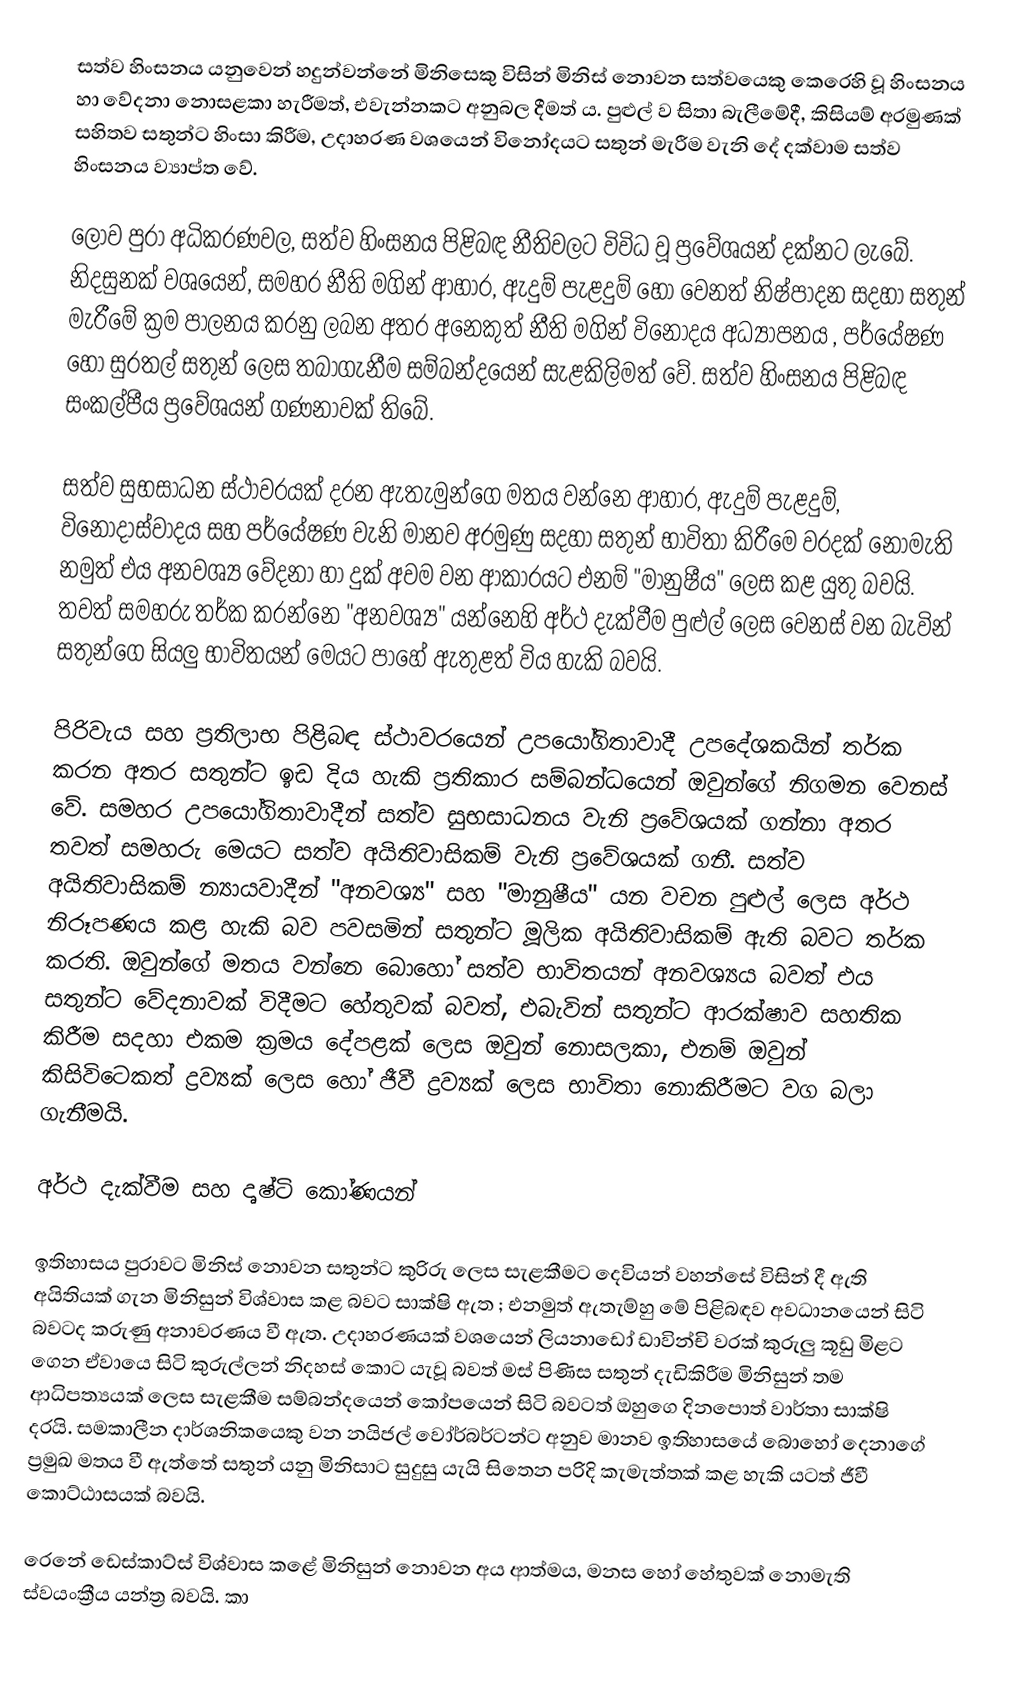
සත්ව හිංසනය යනුවෙන් හදුන්වන්නේ මිනිසෙකු විසින් මිනිස් නොවන සත්වයෙකු කෙරෙහි වූ  හිංසනය හා  වේදනා නොසළකා හැරීමත්, එවැන්නකට අනුබල දීමත් ය. පුළුල් ව සිතා බැලීමේදී, කිසියම් අරමුණක් සහිතව සතුන්ට හිංසා කිරීම, උදාහරණ වශයෙන් විනෝදයට සතුන් මැරීම වැනි දේ දක්වාම සත්ව හිංසනය ව්‍යාප්ත වේ.

ලොව පුරා අධිකරණවල, සත්ව හිංසනය පිළිබඳ නීතිවලට විවිධ වූ ප්‍රවේශයන් දක්නට ලැබේ. නිදසුනක් වශයෙන්, සමහර නීති මගින් ආහාර, ඇදුම් පැළදුම් හෝ වෙනත් නිෂ්පාදන සදහා සතුන් මැරීමේ ක්‍රම පාලනය කරනු ලබන අතර අනෙකුත් නීති මගින් විනෝදය අධ්‍යාපනය , පර්යේෂණ හෝ සුරතල් සතුන් ලෙස තබාගැනීම සම්බන්දයෙන් සැළකිලිමත් වේ. සත්ව හිංසනය පිළිබඳ සංකල්පීය ප්‍රවේශයන් ගණනාවක් තිබේ.

සත්ව සුභසාධන ස්ථාවරයක් දරන ඇතැමුන්ගෙ මතය වන්නෙ ආහාර, ඇදුම් පැළදුම්, විනෝදාස්වාදය සහ පර්යේෂණ වැනි මානව අරමුණු සදහා සතුන් භාවිතා කිරීමෙ වරදක් නොමැති නමුත් එය අනවශ්‍ය වේදනා හා දුක් අවම වන ආකාරයට එනම් "මානුෂීය" ලෙස කළ යුතු බවයි. තවත් සමහරු තර්ක කරන්නෙ "අනවශ්‍ය" යන්නෙහි අර්ථ දැක්වීම පුළුල් ලෙස වෙනස් වන බැවින් සතුන්ගෙ සියලු භාවිතයන් මෙයට පාහේ ඇතුළත් විය හැකි බවයි.

පිරිවැය සහ ප්‍රතිලාභ පිළිබඳ ස්ථාවරයෙන් උපයෝගිතාවාදී උපදේශකයින් තර්ක කරන අතර සතුන්ට ඉඩ දිය හැකි ප්‍රතිකාර සම්බන්ධයෙන් ඔවුන්ගේ නිගමන වෙනස් වේ. සමහර උපයෝගිතාවාදීන් සත්ව සුභසාධනය වැනි ප්‍රවේශයක් ගන්නා අතර තවත් සමහරු මෙයට සත්ව අයිතිවාසිකම් වැනි ප්‍රවේශයක් ගනී. සත්ව අයිතිවාසිකම් න්‍යායවාදීන් "අනවශ්‍ය" සහ "මානුෂීය" යන වචන පුළුල් ලෙස අර්ථ නිරූපණය කළ හැකි බව පවසමින් සතුන්ට මූලික අයිතිවාසිකම් ඇති බවට තර්ක කරති. ඔවුන්ගේ මතය වන්නෙ බොහෝ සත්ව භාවිතයන් අනවශ්‍යය බවත් එය සතුන්ට වේදනාවක් විදීමට හේතුවක් බවත්, එබැවින් සතුන්ට ආරක්ෂාව සහතික කිරීම සදහා එකම ක්‍රමය දේපළක් ලෙස ඔවුන් නොසලකා, එනම් ඔවුන් කිසිවිටෙකත් ද්‍රව්‍යක් ලෙස හෝ ජීවී ද්‍රව්‍යක් ලෙස භාවිතා නොකිරීමට වග බලා ගැනීමයි.

අර්ථ දැක්වීම සහ දෘෂ්ටි කෝණයන්

ඉතිහාසය පුරාවට මිනිස් නොවන සතුන්ට කුරිරු ලෙස සැළකීමට දෙවියන් වහන්සේ විසින් දී ඇති අයිතියක් ගැන මිනිසුන් විශ්වාස කළ බවට සාක්ෂි ඇත ; එනමුත් ඇතැම්හු මේ පිළිබඳව අවධානයෙන් සිටි බවටද කරුණු අනාවරණය වී ඇත. උදාහරණයක් වශයෙන් ලියනාඩෝ ඩාවින්චි වරක් කුරුලු කූඩු මිළට ගෙන ඒවායෙ සිටි කුරුල්ලන් නිදහස් කොට යැවූ බවත් මස් පිණිස සතුන් දැඩිකිරීම මිනිසුන් තම ආධිපත්‍යයක් ලෙස සැළකීම සම්බන්දයෙන් කෝපයෙන් සිටි බවටත් ඔහුගෙ දිනපොත් වාර්තා සාක්ෂි දරයි. සමකාලීන දාර්ශනිකයෙකු වන නයිජල් වෝර්බර්ටන්ට අනුව මානව ඉතිහාසයේ බොහෝ දෙනාගේ ප්‍රමුඛ මතය වී ඇත්තේ සතුන් යනු මිනිසාට සුදුසු යැයි සිතෙන පරිදි කැමැත්තක් කළ හැකි යටත් ජීවී කොට්ඨාසයක් බවයි.

රෙනේ ඩෙස්කාට්ස් විශ්වාස කළේ මිනිසුන් නොවන අය ආත්මය, මනස හෝ හේතුවක් නොමැති ස්වයංක්‍රීය යන්ත්‍ර බවයි. කා